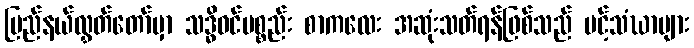
ပြည်နယ်လွှတ်တော်မှာ သဒ္ဓိဝင်ပစ္စည်း စာကလေး အဆုံးသတ်ရန်ဖြစ်သည် ပင့်သံဃာများ